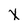
Character: X